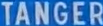
TANGER